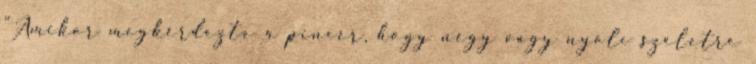
"Amikor megkérdezte a pincér, hogy négy vagy nyolc szeletre